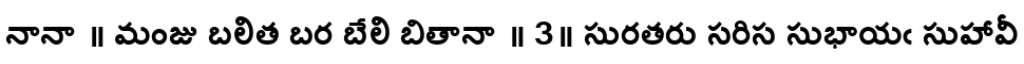
నానా ॥ మంజు బలిత బర బేలి బితానా ॥ 3॥ సురతరు సరిస సుభాయఁ సుహావీ